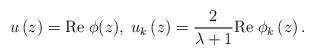
LaTeX: \begin{align*}u\left( z\right) =\textrm{Re}\;\phi (z),\;u_k\left( z\right) =\frac 2{\lambda+1}\textrm{Re}\;\phi _k\left( z\right). \end{align*}